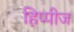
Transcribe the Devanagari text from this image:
हिप्पीज